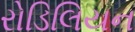
રોડિલિયન